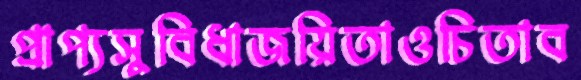
প্রাপ্যসুবিধাজয়িতাওচিতাব